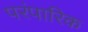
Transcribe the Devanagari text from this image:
परंपारिक